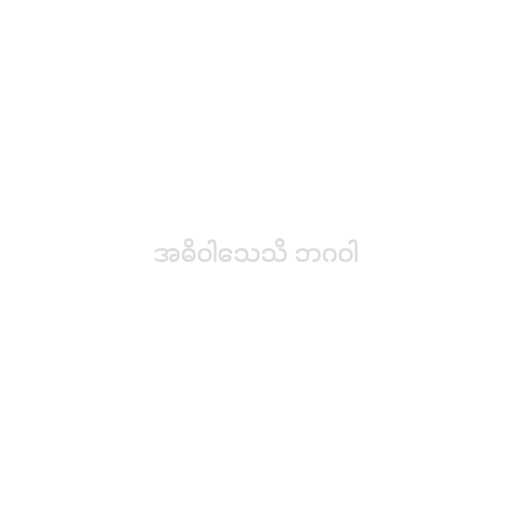
အဓိဝါသေသိ ဘဂဝါ